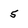
Character: 5